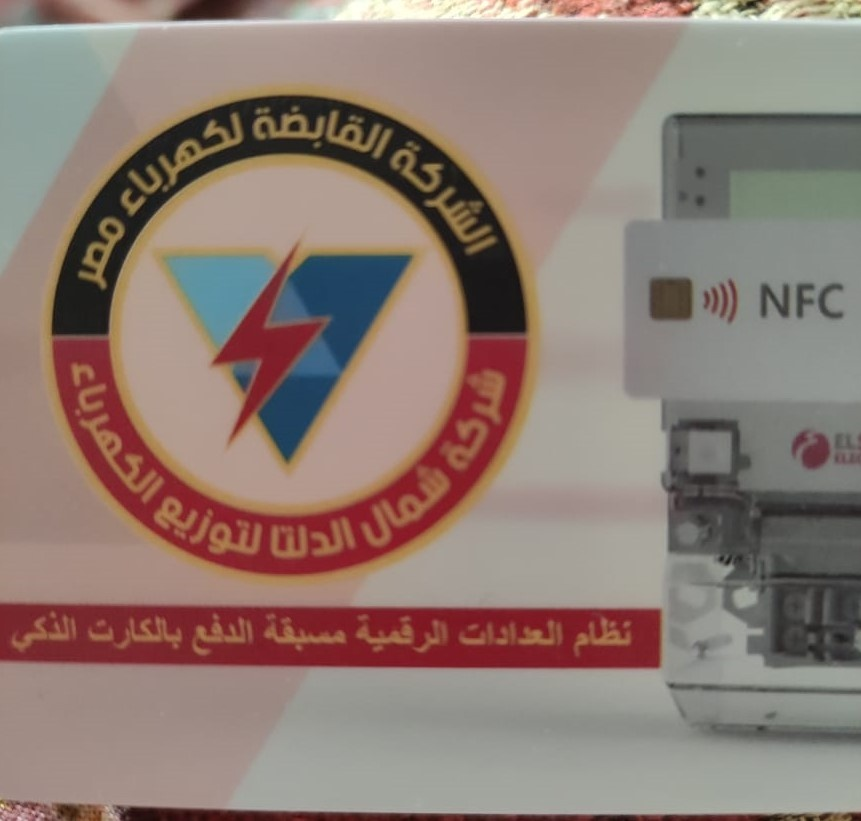
Text in image: القابضة لكهرباء الشركة مصر شركة الكهرباء شمال لتوزيع الدلتا الذكي بالكارت العدادات مسبقة الدفع الرقمية نظام NFC